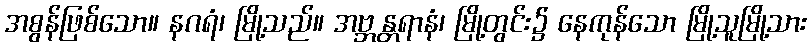
အစွန်ဖြစ်သော။ နဂရံ၊ မြို့သည်။ အဗ္ဘန္တရာနံ၊ မြို့တွင်း၌ နေကုန်သော မြို့သူမြို့သား